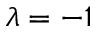
\lambda = - 1